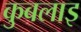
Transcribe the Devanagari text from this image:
कुबलाइ